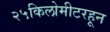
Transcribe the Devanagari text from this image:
२५किलोमीटरहून